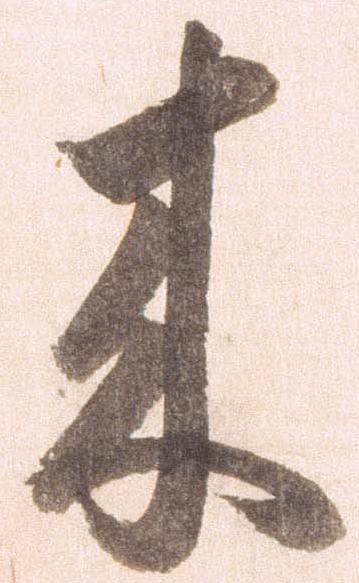
来